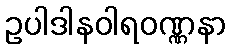
ဥပါဒါနဝါရဝဏ္ဏနာ